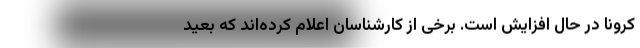
کرونا در حال افزایش است. برخی از کارشناسان اعلام کرده‌اند که بعید